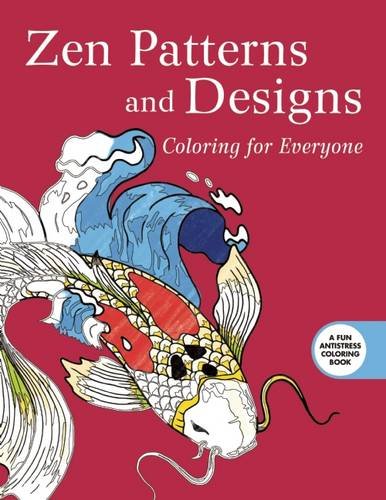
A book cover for Zen Patterns and Designs: Coloring for Everyone (Creative Stress Relieving Adult Coloring Book Series); Skyhorse Publishing; Humor & Entertainment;